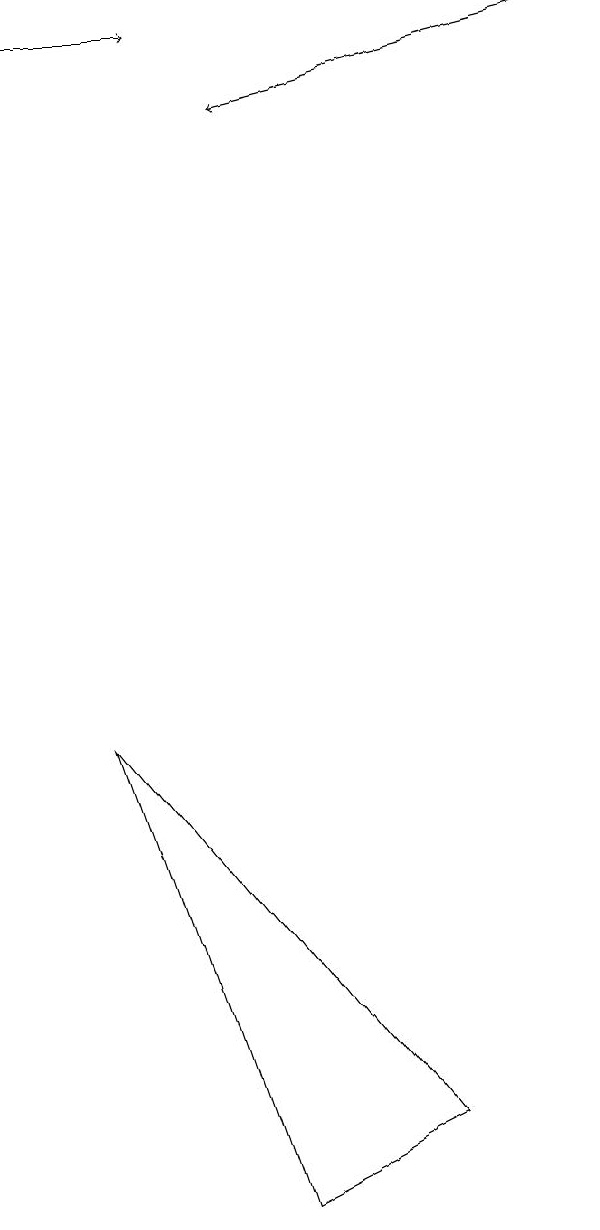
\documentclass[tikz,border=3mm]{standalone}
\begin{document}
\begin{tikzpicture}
\draw[->] (2,16) -- (4,16);
\draw[->] (9,16) -- (5,15);
\draw (7,2) -- (5,1) -- (3,7) -- cycle;
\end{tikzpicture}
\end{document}